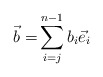
\begin{align*}\vec{b} =& \sum_{i=j}^{n-1} b_i \vec{e}_i \end{align*}